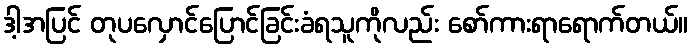
ဒါ့အပြင် တုပလှောင်ပြောင်ခြင်းခံရသူကိုလည်း စော်ကားရာရောက်တယ်။